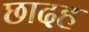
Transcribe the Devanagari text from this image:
छादह